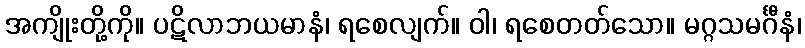
အကျိုးတို့ကို။ ပဋိလာဘယမာနံ၊ ရစေလျက်။ ဝါ၊ ရစေတတ်သော။ မဂ္ဂသမင်္ဂီနံ၊